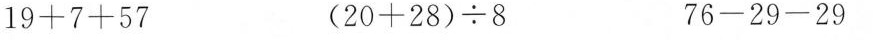
$$19+7+57$$ $$(20+28)\div8$$ $$76-29-29$$